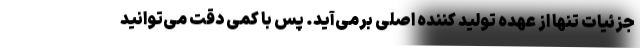
جزئیات تنها از عهده تولید کننده اصلی برمی‌آید. پس با کمی دقت می‌توانید